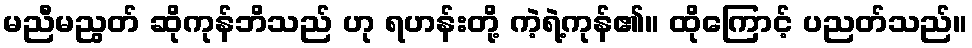
မညီမညွတ် ဆိုကုန်ဘိသည် ဟု ရဟန်းတို့ ကဲ့ရဲ့ကုန်၏။ ထိုကြောင့် ပညတ်သည်။